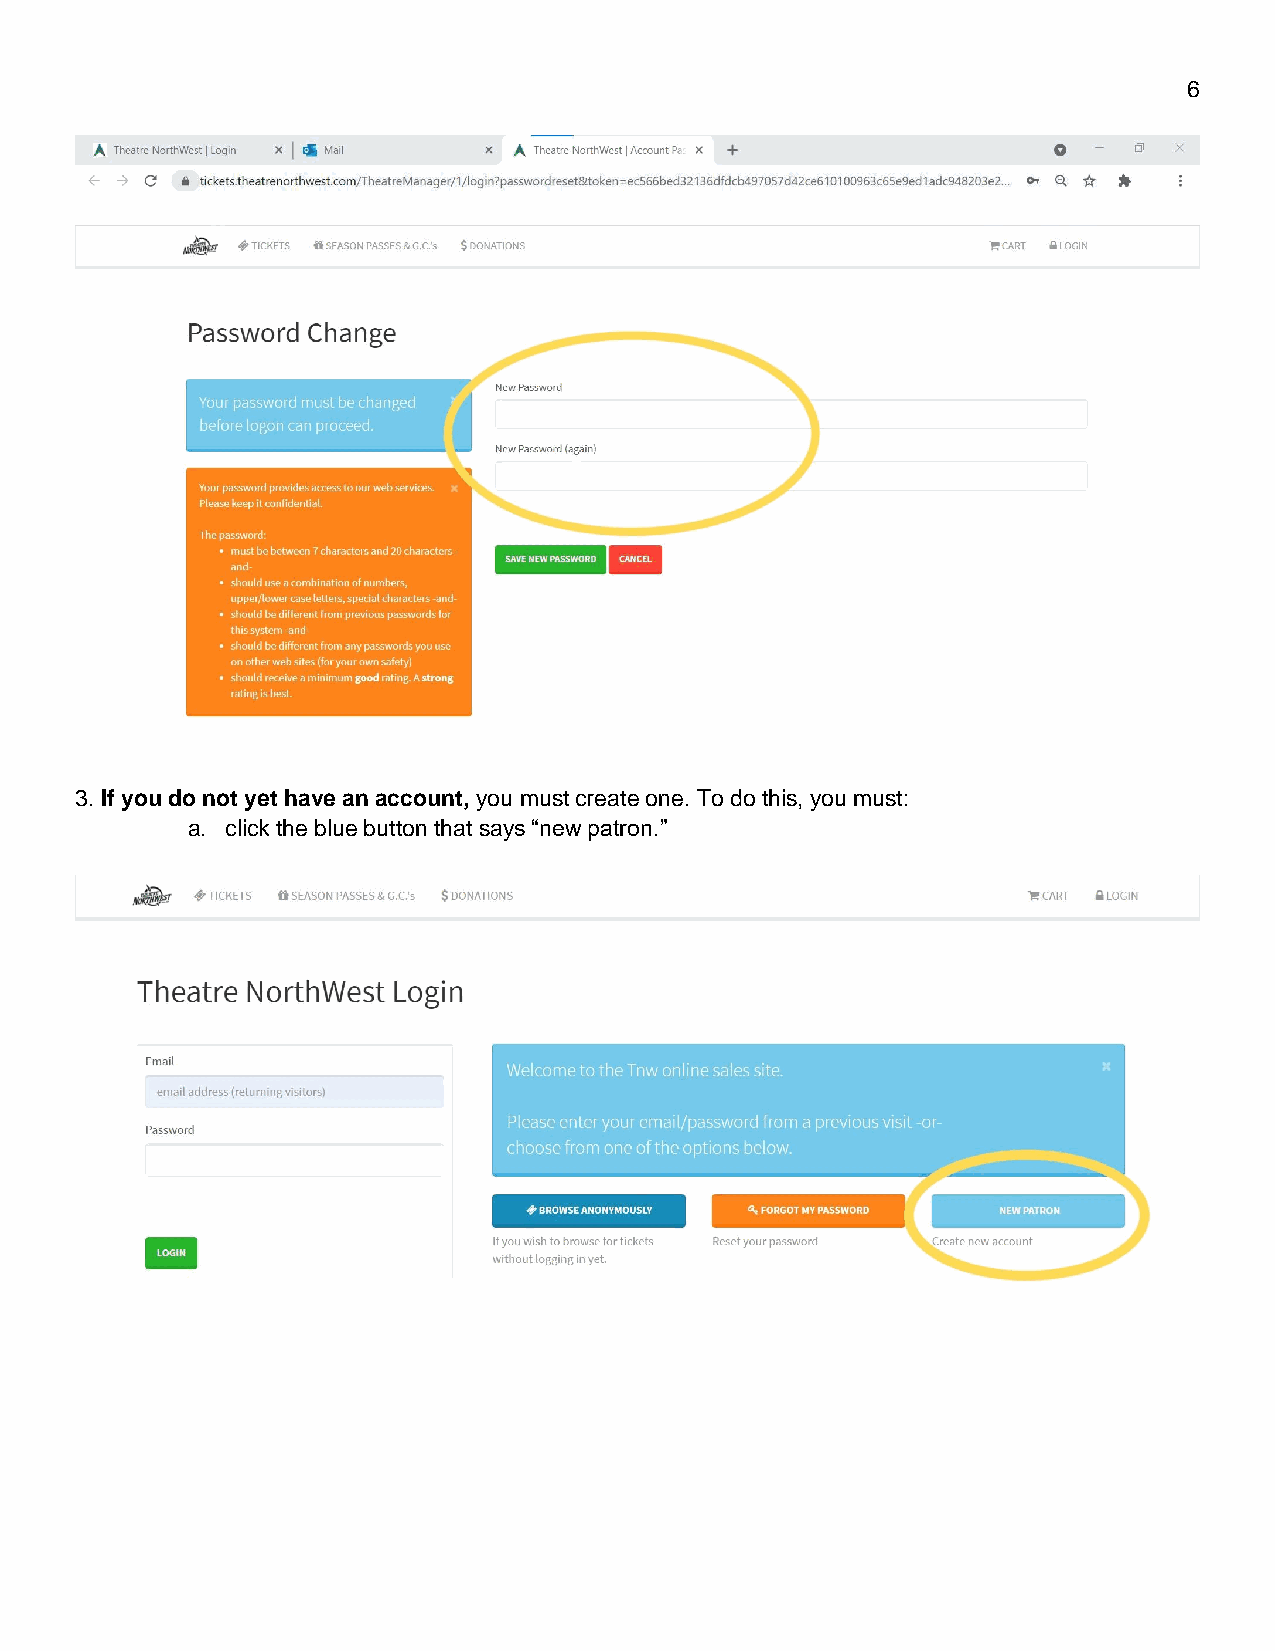
6
 3. If you do not yet have an account, you must create one. To do this, you must:
 a. click the blue button that says “new patron.”